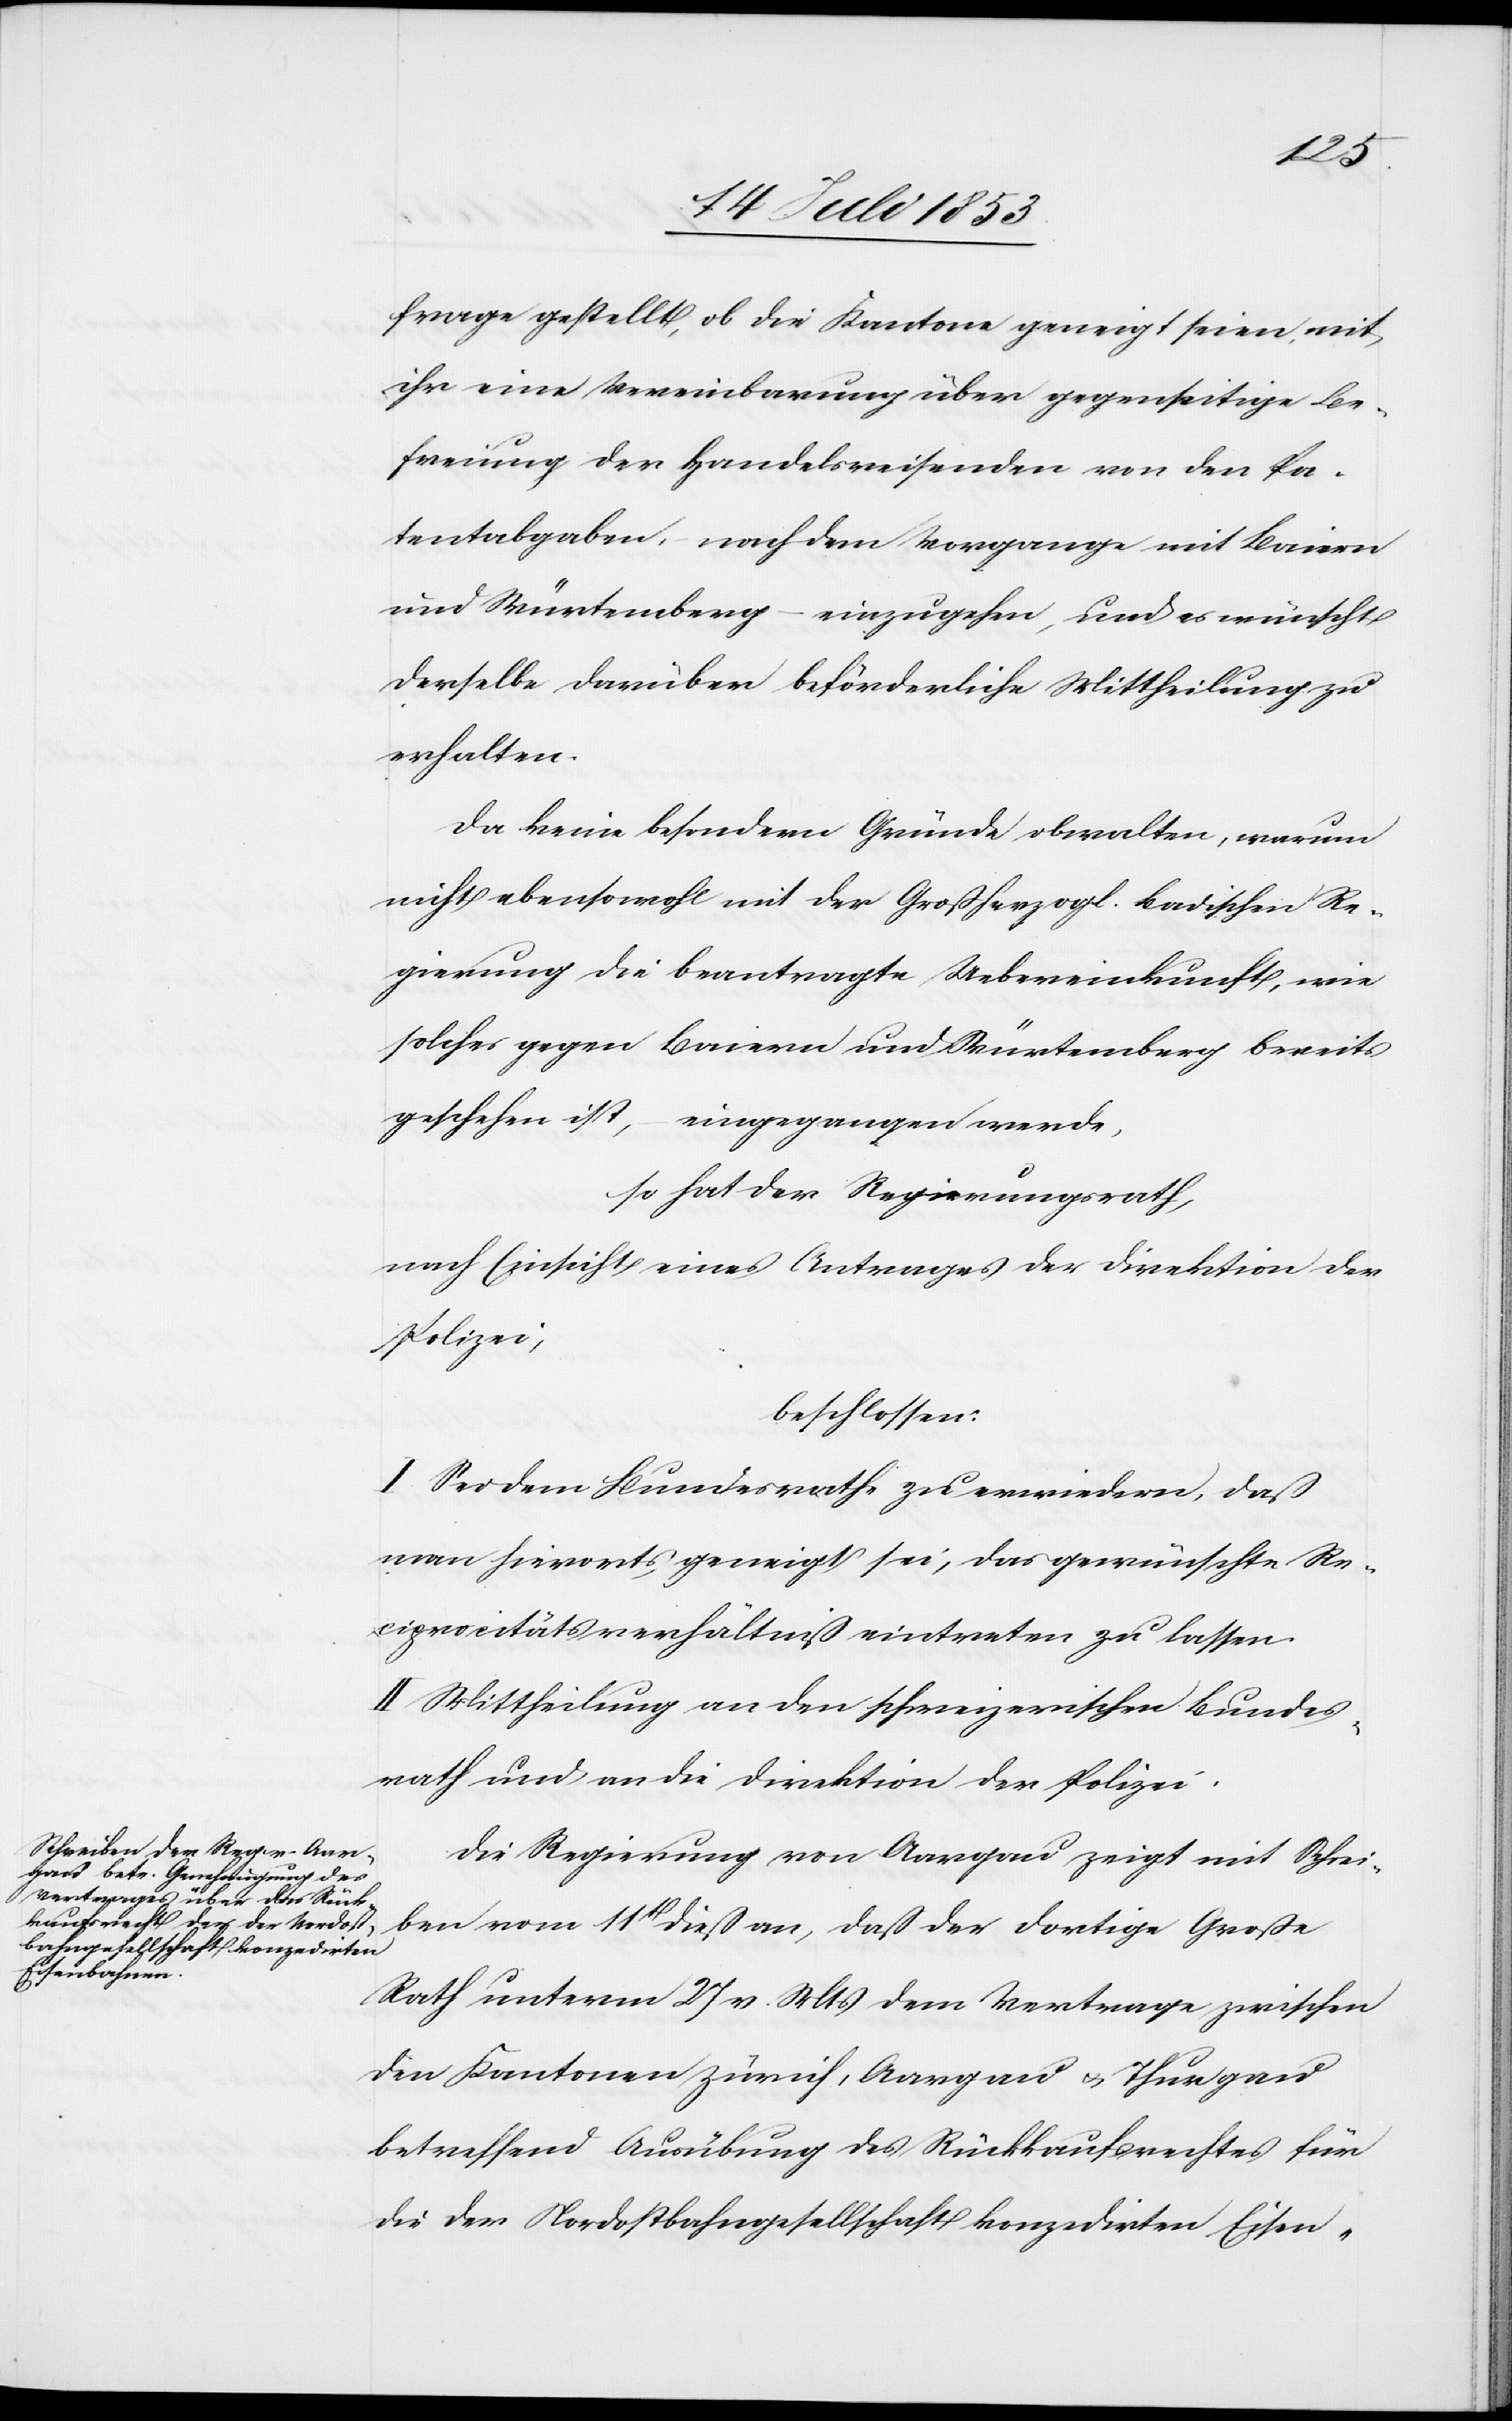
frage gestellt, ob die Kantone geneigt seien, mit
ihr eine Vereinbarung über gegenseitige Be¬
freiung der Handelsreisenden von den Pa¬
tentabgaben, nach dem Vorgange mit Baiern
und Würtemberg – einzugehen, und es wünscht
derselbe darüber beförderliche Mittheilung zu
erhalten.
Da keine besondern Gründe obwalten, warum
nicht ebensowohl mit der Großherzogl. Badischen Re¬
gierung die beantragte Uebereinkunft, wie
solches gegen Baiern und Würtemberg bereits
geschehen ist, – eingegangen werde,
so hat der Regierungsrath,
nach Einsicht eines Antrages der Direktion der
Polizei,
beschlossen:
I. Sei dem Bundesrathe zu erwiedern, daß
man hierorts geneigt sei, das gewünschte Re¬
ciprocitätsverhältniß eintreten zu laßen.
II. Mittheilung an den schweizerischen Bundes¬
rath und an die Direktion der Polizei.
Die Regierung von Aargau zeigt mit Schrei¬
ben vom 11t dieß an, daß der dortige Große
Rath unterm 27 v. Mts. dem Vertrage zwischen
den Kantonen Zürich, Aargau u. Thurgau
betreffend Ausübung des Rückrufrechtes für
die der Nordostbahngesellschaft konzedirten Eisen-